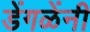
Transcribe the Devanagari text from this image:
डेंगळेंनी